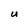
Character: U